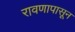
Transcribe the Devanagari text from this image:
रावणापासून